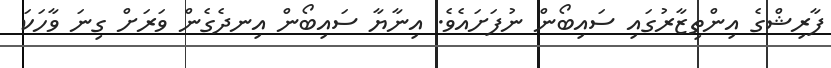
ފާރިޝްގެ އިންތިޒާރުގައި ސައިބޯން ނުފަށައެވެ. އިނާޔާ ސައިބޯން އިނދެގެން ވަރަށް ގިނަ ވާހަކަ